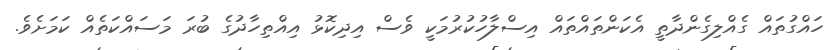
ހައްގުތައް ގެއްލިގެންދާތީ އެކަންތައްތައް އިސްލާހުކުރުމަކީ ވެސް އިދިކޮޅު އިއްތިހާދުގެ ބުރަ މަސައްކަތެއް ކަމަށެވެ.